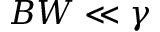
B W \ll \gamma